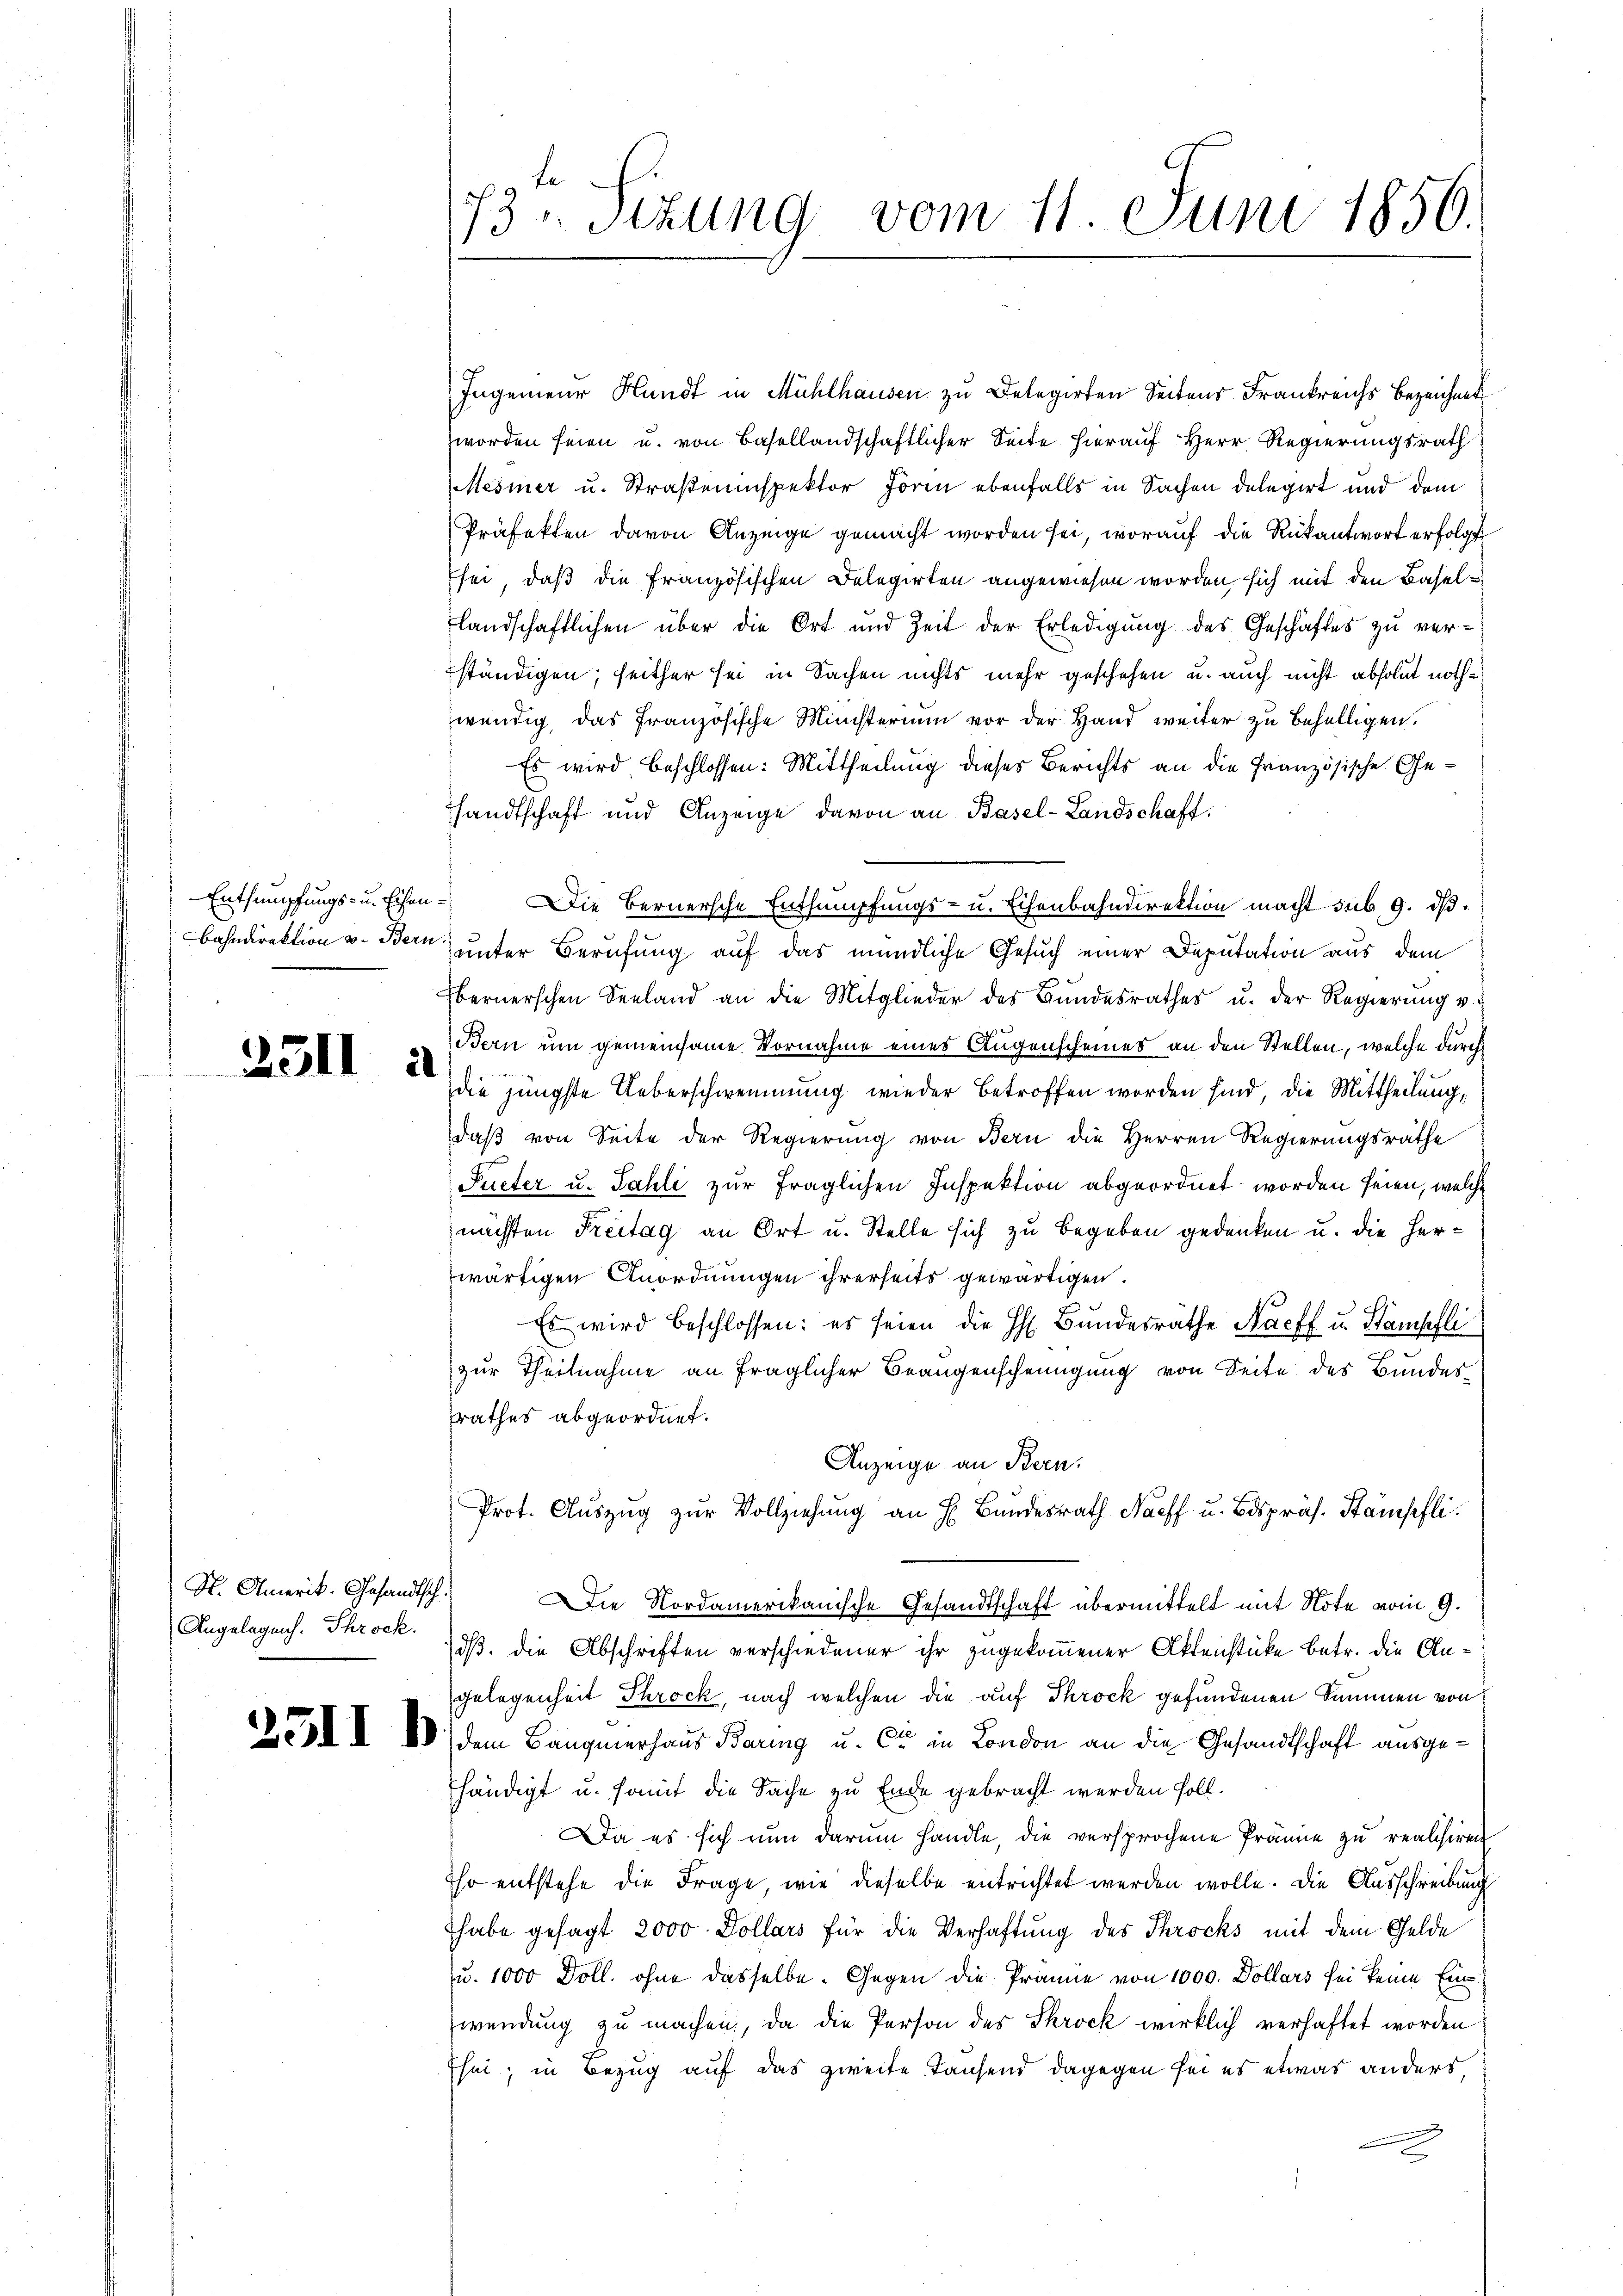
Entsumpfungs- u. Eisen
Bahndirektion v. Bern

2311

2

H. Amerit. Gesandtsch.
Angelegens. Throck.

73. Sizung vom 11. Juni 1856.
1

Ingenieur Hundt in Mühlhausen zu Delegirten Seitens Frankreichs Bezeichnet
worden seien u. von Basellandschaftlicher Seite hierauf Herr Regierungsrath
Mesmer u. Straßeninspektor Form ebenfalls in Sachen delegirt und dem
Präfekten davon Anzeige gemacht worden sei, worauf die Rükantwort erfolge
sei, daß die französischen Delegierten angewiesen worden, sich mit den Basellandschaftlichen über die Ort und Zeit der Erledigung des Geschäftes zu ver-
ständigen; seither sei in Sachen nichts mehr geschehen u. auch nicht absolut nothwendig, das französische Ministerium vor der Hand weiter zu behelligen.
Es wird beschlossen: Mittheilung dieses Berichts an die Französische Gesandtschaft und Anzeige davon an Basel-Landschaft
 Die Bernersche Entsumpfungs- u. Eichenbahndirektion macht sub. 9. ds.
unter Berufung auf das mündliche Gesuch einer Deputation aus dem
bernerschen Seeland an die Mitglieder des Bundesrathes u. der Regierung v.
Bern um gemeinsame Vornahme eines Augenscheines an den Stellen, welche durch
die jüngste Ueberschwemmung wieder betroffen worden sind, die Mittheilung,
daß von Seite der Regierung von Bern die Herren Regierungsräthe
Pueter u. Fahli zur fraglichen Inspektion abgeordnet worden seien, welche
nächsten Freitag an Ort u. Stelle sich zu begeben gedenken u. die Herwärtigen Anordnungen ihrerseits gewärtigen.
Es wird beschlossen: es seien die H. Bŭndesräthe Nacff u. Stampfli
zur Theilnahme an fraglicher Beaugenscheinigung von Seite des Bundesrathes abgeordnet.
Anzeige an Bern.
Prot. Auszug zur Vollziehung an H. Bundesrath Naeff u. Bespräs. Stämpfli
Die Nordamerikanische Gesandtschaft übermittelt mit Note vom 9.
dß. die Abschriften verschiedener ihr zugekommener Aktenstücke betr. die Angelegenheit Throck, nach welchen die auf Throck gefundenen Summen von
Z I 2) dem Baugmerhaus Baring u. die in London an die Gesandtschaft ausgehändigt u. somit die Sache zu Ende gebracht werden soll.
Da es sich nun darum handle, die versprochene Prämie zu realisieren
Ihr entstehe die Frage, wie dieselbe entrichtet werden wolle. Die Ausschreibung
habe gesagt 2000 Dollars für die Verhaftung des Throcks mit dem Gelde
u. 1000 Doll, ohne dasselbe. Gegen die Prämie von 1000. Dollars sei keine Eine
wendung zu machen, da die Person des Skrock wirklich verhaftet worden
Esei; in Bezug auf das zweite Tausend dagegen sei es etwas anders